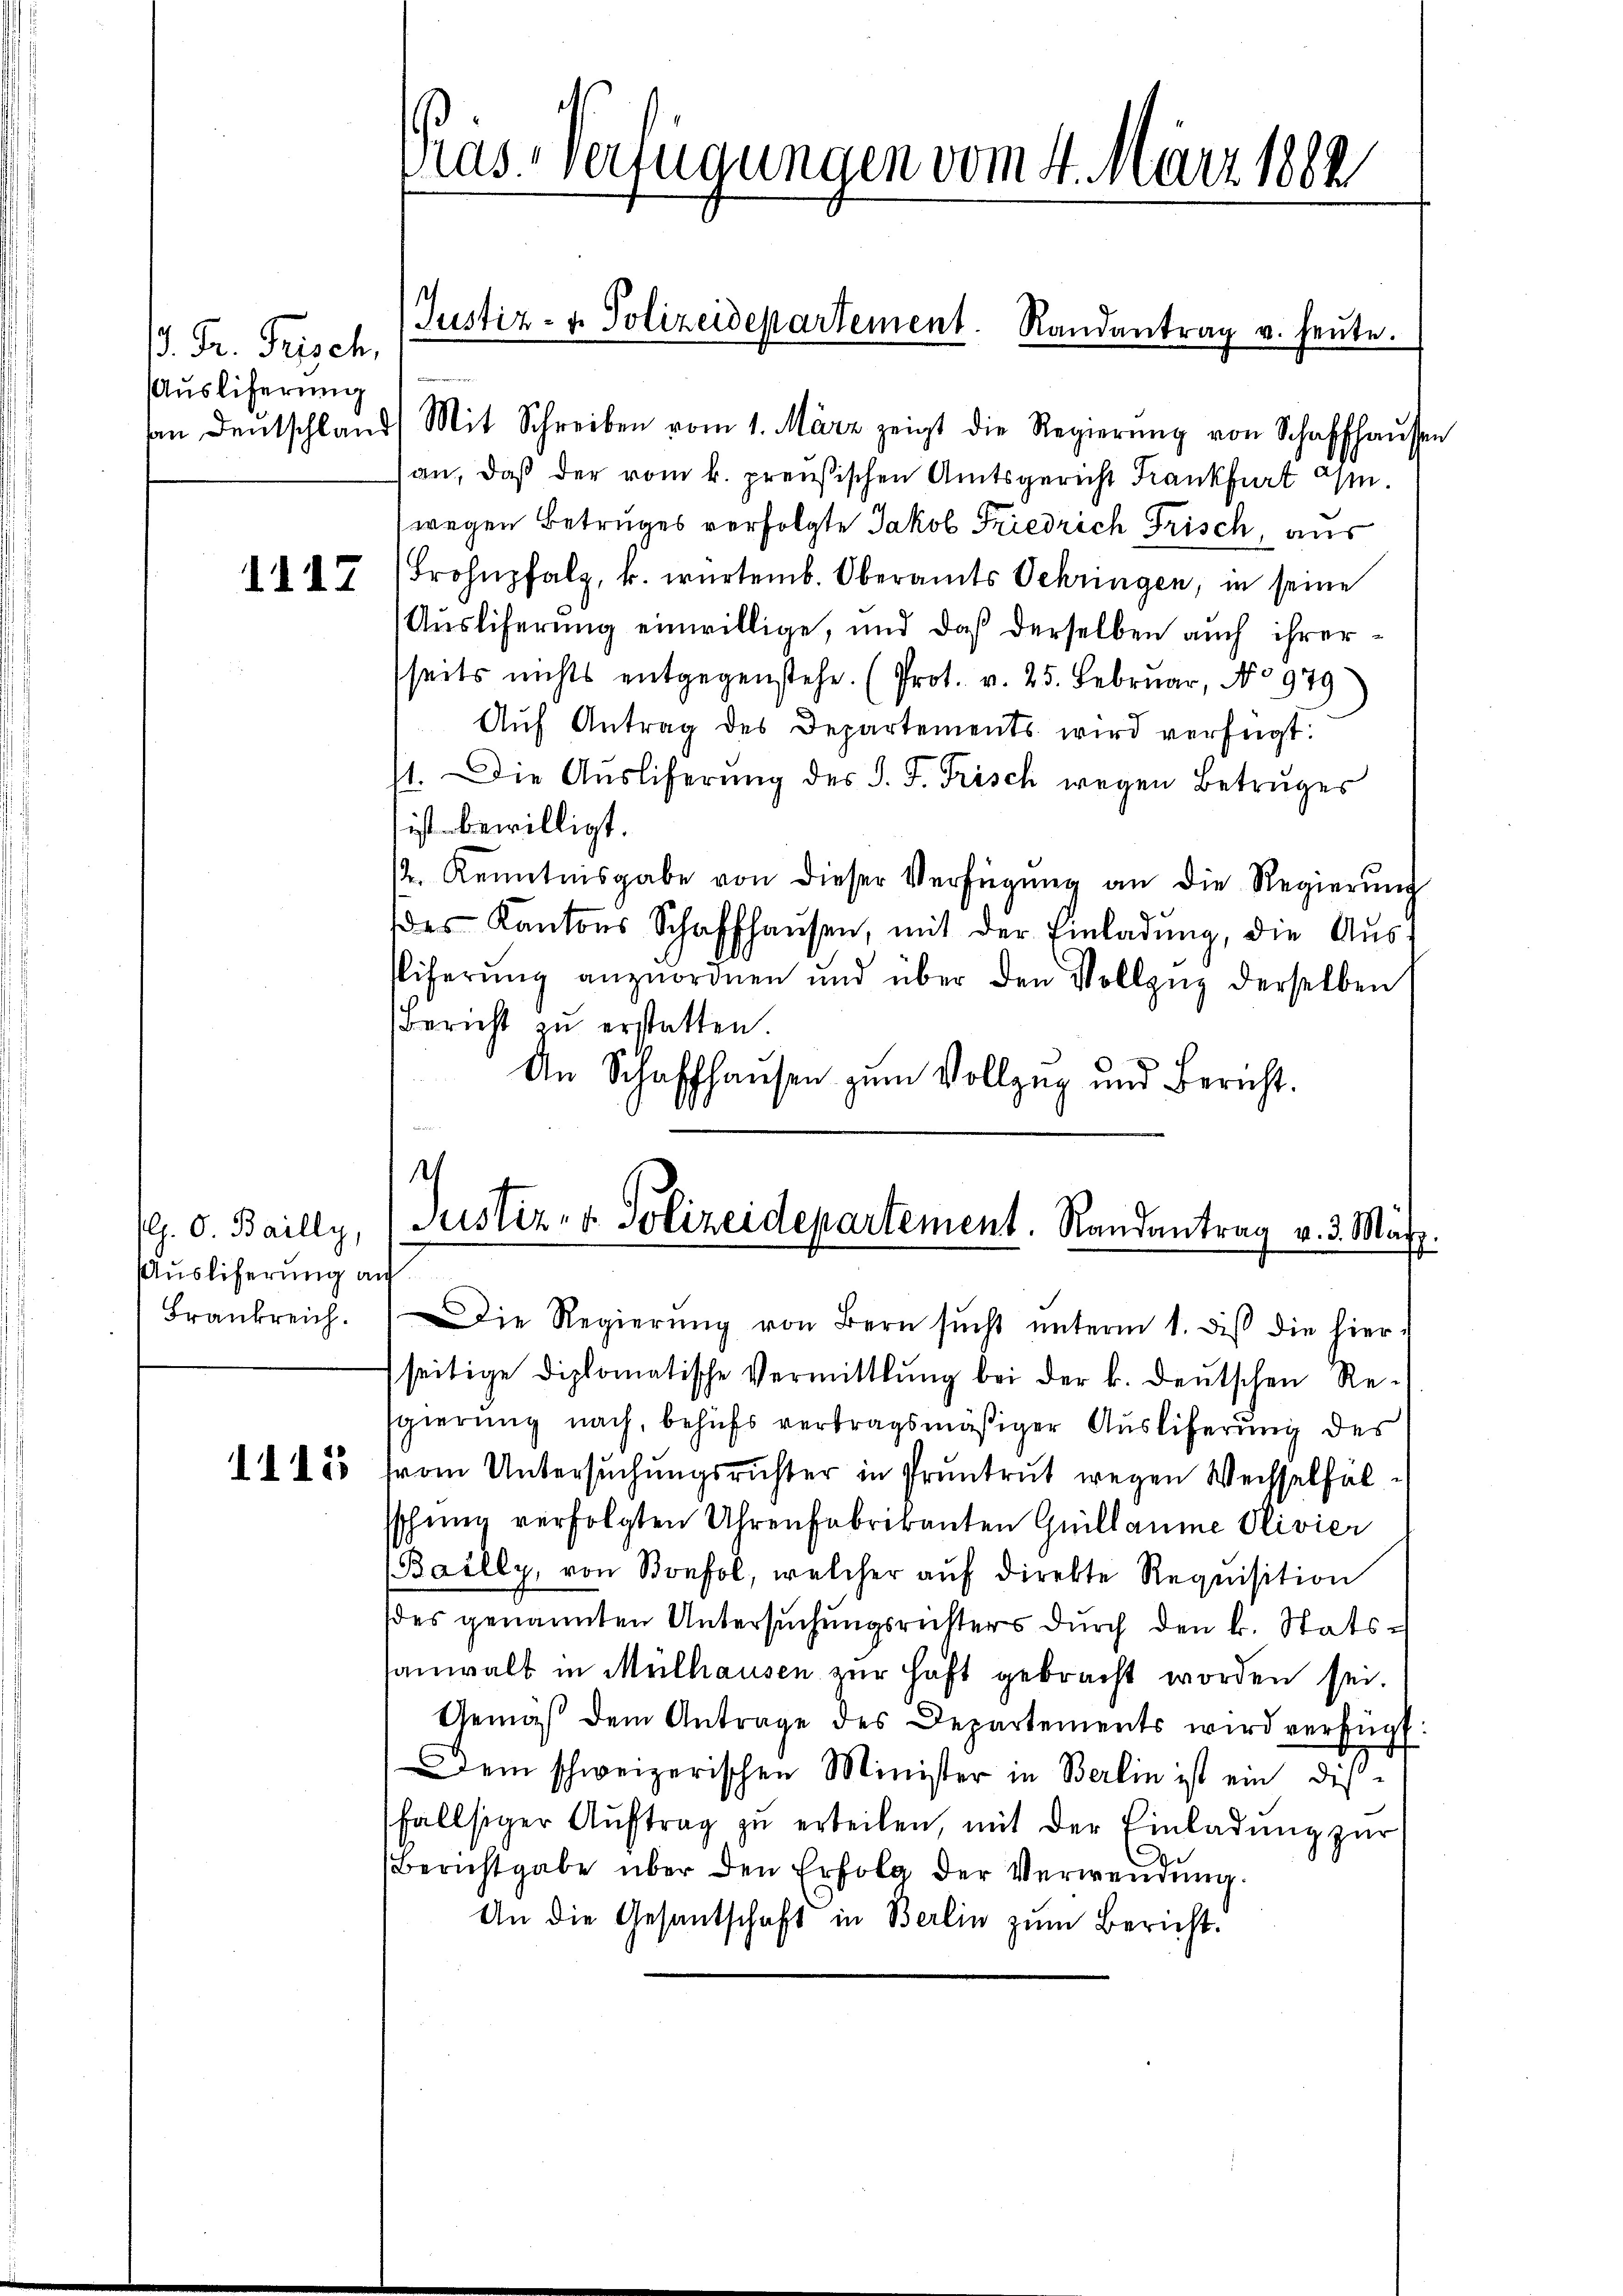
. Dr. Frisch,
Ausliferung

d. d. d. 7.

. O. Bailly,
Ausliferung a
Frankreich.

115

Pras-Verfügungen vom 4. März 1882

van Deutschland Mit Schreiben vom 1. März zeigt die Regierŭng von Schaffhaŭsen
an, daß der vom k. preußischen Amtsgericht Frankfurt am
wegen Betruges verfolgte Jakob Friedrich Frisch, aus
Frohnpfalz, k. würtemb. Oberamts Schringen, in seine
Ausliferung einwillige, und daß derselben auch ihrerseits nichts entgegenstehe. (Prot. v. 25. Februar, No 979)
Aŭf Antrag des Departements wird verfügt:
71. Die Aŭsliferŭng des J. F. Frisch wegen Betruges
ist bewilligt.
12. Kenntnisgabe von dieser Verfügŭng an die Regierŭng
des Kantons Schaffhaŭsen, mit der Einladŭng, die Aŭs-
sliferŭng anzuordnen und über den Vollzug derselben
Bericht zŭ erstatten.
An Schaffhausen zum Vollzug und Bericht.

Justiz- u. Polizeidepartement. Randantrag u. heŭte.

Die Regierŭng von Bern sŭcht ŭnterm 1. diβ die hierseitige diplomatische Vermittlung bei der k. deŭtschen Re-
sgierung nach, behufs vertragsmäßiger Ausliferung des
from Untersuchungsrichter in Pruntrut wegen Wechselfäl
sschung verfolgten Uhrenfabrikanten Guillaume Olivier
(Bailly, von Bonfol, welcher aŭf direkte Requisition
des genannten Untersuchungsrichters durch den k. Statssanwalt in Mülhausen zur Haft gebracht worden sei.
Gemäβ dem Antrage des Departements wird verfügt
Dem schweizerischen Minister in Berlin ist ein disfallsiger Aŭftrag zŭ erteilen, mit der Einladŭng zur
Berichtgabe über den Erfolg der Verwendung.
An die Gesantschaft in Berlin zum Bericht.

Justiz- & Polizeidepartement. Randantrag v. 3. März.
ich